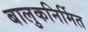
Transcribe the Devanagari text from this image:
बालुकनिर्मित